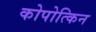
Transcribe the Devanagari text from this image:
कोपोत्किन